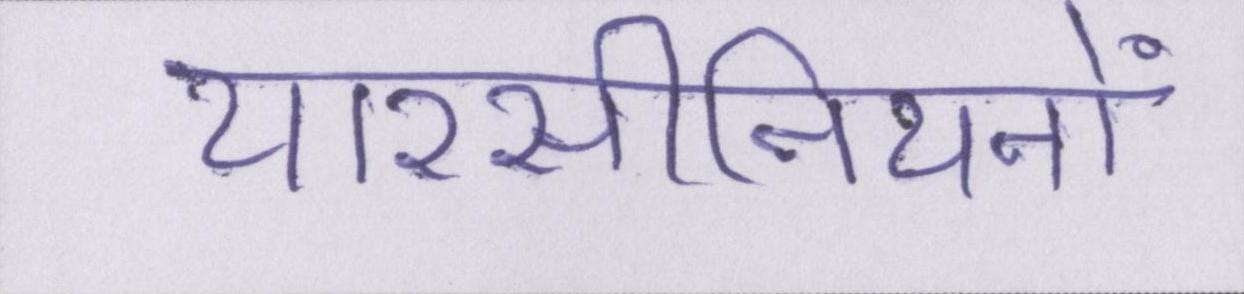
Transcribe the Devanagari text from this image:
यारसीनियनों